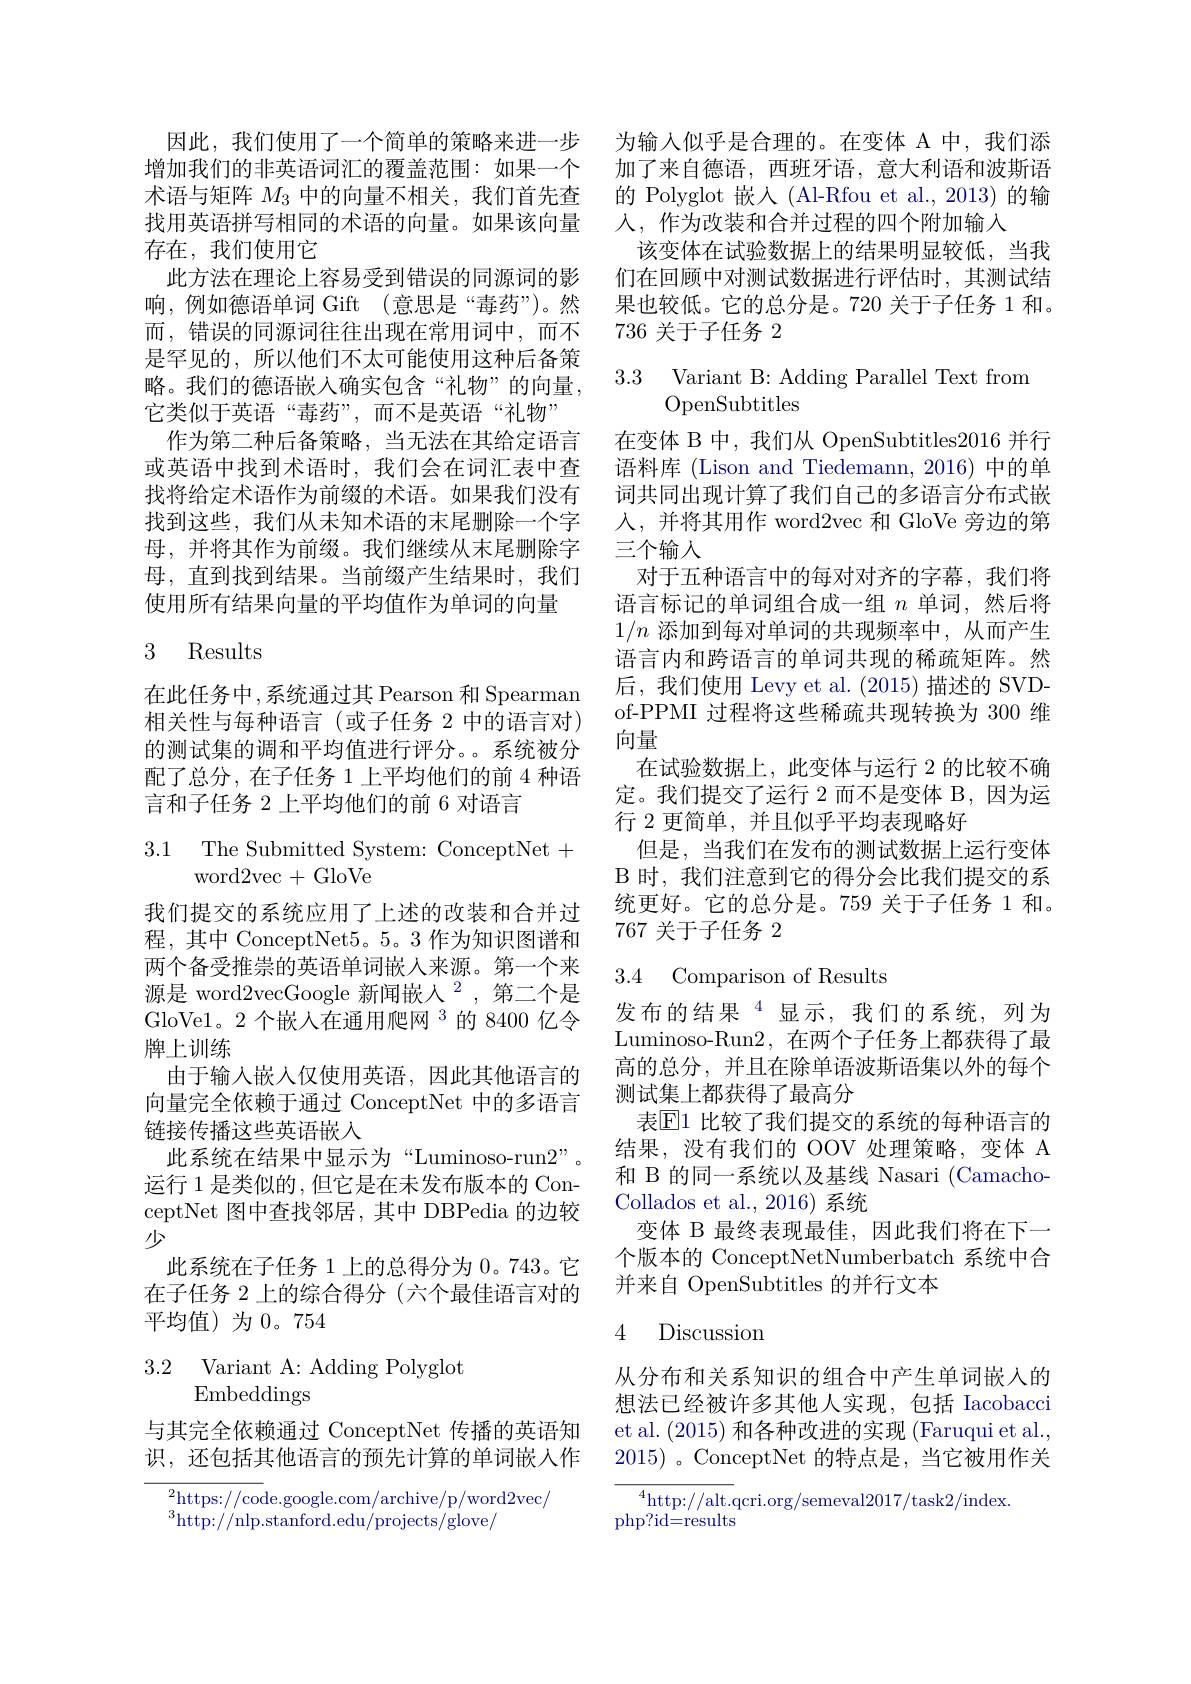
因此，我们使用了一个简单的策略来进一步增加我们的非英语词汇的覆盖范围：如果一个术语与矩阵$M_3$中的向量不相关，我们首先查找用英语拼写相同的术语的向量。如果该向量存在，我们使用它
此方法在理论上容易受到错误的同源词的影响，例如德语单词 Gift (意思是“毒药”)。然而，错误的同源词往往出现在常用词中，而不是罕见的，所以他们不太可能使用这种后备策略。我们的德语嵌入确实包含“礼物”的向量， 它类似于英语“毒药”,而不是英语“礼物”
作为第二种后备策略，当无法在其给定语言或英语中找到术语时，我们会在词汇表中查找将给定术语作为前缀的术语。如果我们没有找到这些，我们从未知术语的末尾删除一个字母，并将其作为前缀。我们继续从末尾删除字母，直到找到结果。当前缀产生结果时，我们使用所有结果向量的平均值作为单词的向量

## 3 Results

在此任务中，系统通过其 Pearson 和 Spearman 相关性与每种语言(或子任务 2 中的语言对) 的测试集的调和平均值进行评分。系统被分配了总分，在子任务 1 上平均他们的前 4 种语言和子任务 2 上平均他们的前 6 对语言

### 3.1 The Submitted System: ConceptNet+ word2vec+GloVe

我们提交的系统应用了上述的改装和合并过程，其中 ConceptNet5。5。3 作为知识图谱和两个备受推崇的英语单词嵌人来源。第一个来源是 word2vecGoogle 新闻嵌人$^2$,第二个是GloVe1。2个嵌人在通用爬网$^{3}$的 8400 亿令牌上训练
由于输入嵌人仅使用英语，因此其他语言的向量完全依赖于通过 ConceptNet 中的多语言链接传播这些英语嵌入
此系统在结果中显示为“Luminoso-run2”。运行 1 是类似的 ,但它是在未发布版本的 ConceptNet 图中查找邻居，其中 DBPedia 的边较少
此系统在子任务 1 上的总得分为 0。743。它在子任务 2 上的综合得分 (六个最佳语言对的平均值)为0。754

3.2 Variant A: Adding Polyglot
Embeddings

与其完全依赖通过 ConceptNet 传播的英语知识，还包括其他语言的预先计算的单词嵌入作

$^{2}$https://code.google.com/archive/p/word2vec/
$^{3}$http://nlp.stanford.edu/projects/glove/

为输入似乎是合理的。在变体 A 中，我们添加了来自德语，西班牙语，意大利语和波斯语的 Polyglot 嵌入(Al-Rfou et al.,2013)的输人，作为改装和合并过程的四个附加输入
该变体在试验数据上的结果明显较低，当我们在回顾中对测试数据进行评估时，其测试结果也较低。它的总分是。720 关于子任务 1 和。736关于子任务 2

3.3 Variant B: Adding Parallel Text from
## OpenSubtitles

在变体 B 中，我们从 OpenSubtitles2016 并行语料库 (Lison and Tiedemann, 2016) 中的单词共同出现计算了我们自己的多语言分布式嵌人，并将其用作 word2vec 和 GloVe 旁边的第三个输入
对于五种语言中的每对对齐的字幕，我们将语言标记的单词组合成一组$n$单词，然后将$1/n$添加到每对单词的共现频率中，从而产生语言内和跨语言的单词共现的稀疏矩阵。然后，我们使用 Levy et al. (2015) 描述的 SVDof-PPMI 过程将这些稀疏共现转换为 300 维向量
在试验数据上，此变体与运行 2 的比较不确定。我们提交了运行 2 而不是变体 B,因为运行 2 更简单，并且似乎平均表现略好
但是，当我们在发布的测试数据上运行变体B 时，我们注意到它的得分会比我们提交的系统更好。它的总分是。759 关于子任务 1 和。767关于子任务 2

3.4 Comparison of Results

发布的结果$^{4}$显示，我们的系统，列为Luminoso-Run2,在两个子任务上都获得了最高的总分，并且在除单语波斯语集以外的每个测试集上都获得了最高分
表$\mathbb{E}$1 比较了我们提交的系统的每种语言的结果，没有我们的 OOV 处理策略，变体 A 和 B 的同一系统以及基线 Nasari (CamachoCollados et al.,2016)系统
变体 B 最终表现最佳，因此我们将在下一个版本的 ConceptNetNumberbatch 系统中合并来自 OpenSubtitles 的并行文本

### 4 Discussion

从分布和关系知识的组合中产生单词嵌入的想法已经被许多其他人实现，包括 Iacobacci et al. (2015)和各种改进的实现(Faruqui et al., 2015) 。ConceptNet 的特点是，当它被用作关

${}^{4}{\mathrm{http://alt.qcri.org/semeval2017/task2/index.}}$
$\operatorname{php?id=results}$